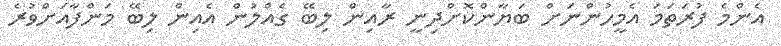
އެންމެ ފުރަތަމަ އެމީހުންނަށް ބަޔާންކޮށްދިނީ ރާއިން ލިބޭ ގެއްލުން އެއިން ލިބޭ މަންފާއަށްވުރެ